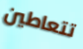
تتعاطين